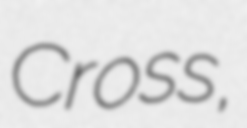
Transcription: Cross,